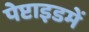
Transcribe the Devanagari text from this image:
पेप्टाइडमें